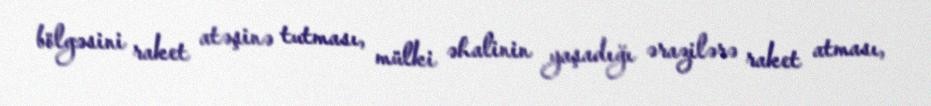
bölgəsini raket atəşinə tutması, mülki əhalinin yaşadığı ərazilərə raket atması,